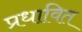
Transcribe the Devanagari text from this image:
प्रधावित